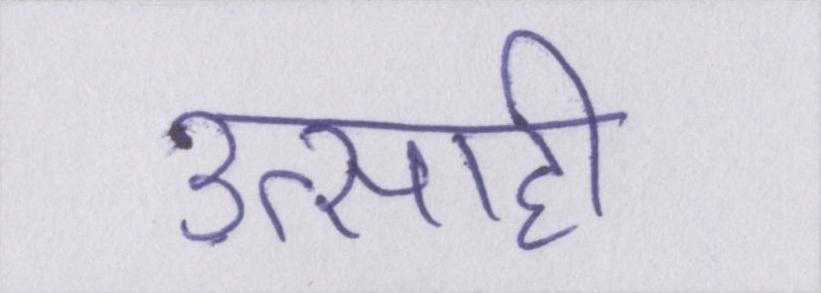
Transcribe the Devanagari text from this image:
उत्साही